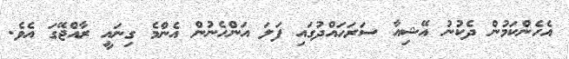
އެހެންކަމުން ދެކުނު އޭޝިއާ ސަރަހައްދުގައި ފަލަ އަންހެނުން އެންމެ ގިނައީ ރާއްޖޭގަ އެވެ.